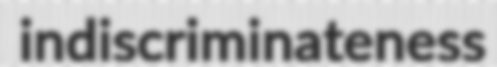
indiscriminateness